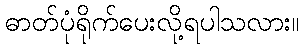
ဓာတ်ပုံရိုက်ပေးလို့ရပါသလား။